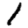
Digit: 1